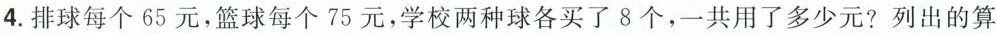
4.排球每个65元，篮球每个75元，学校两种球各买了8个，一共用了多少元?列出的算